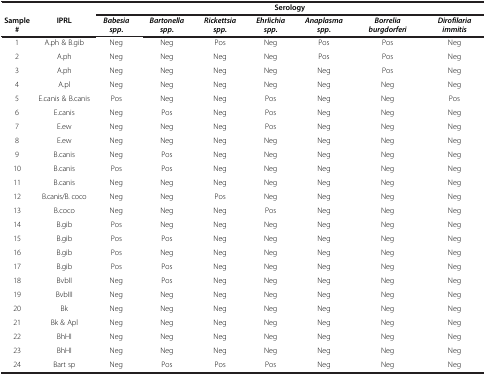
|  |  | <COLSPAN=7> Serology |
 | Sample# | IPRL | Babesia spp. | Bartonella spp. | Rickettsia spp. | Ehrlichia spp. | Anaplasma spp. | Borrelia burgdorferi | Dirofilaria immitis |
 | --- | --- | --- | --- | --- | --- | --- | --- | --- |
 | 1 | A.ph & B.gib | Neg | Neg | Pos | Neg | Pos | Pos | Neg |
 | 2 | A.ph | Neg | Neg | Neg | Neg | Pos | Pos | Neg |
 | 3 | A.ph | Neg | Neg | Neg | Neg | Neg | Pos | Neg |
 | 4 | A.pl | Neg | Neg | Neg | Neg | Neg | Neg | Neg |
 | 5 | E.canis & B.canis | Pos | Neg | Neg | Pos | Neg | Neg | Pos |
 | 6 | E.canis | Neg | Pos | Neg | Pos | Neg | Neg | Neg |
 | 7 | E.ew | Neg | Neg | Neg | Pos | Neg | Neg | Neg |
 | 8 | E.ew | Neg | Neg | Neg | Neg | Neg | Neg | Neg |
 | 9 | B.canis | Neg | Pos | Neg | Neg | Neg | Neg | Neg |
 | 10 | B.canis | Pos | Pos | Neg | Neg | Neg | Neg | Neg |
 | 11 | B.canis | Neg | Neg | Neg | Neg | Neg | Neg | Neg |
 | 12 | B.canis/B. coco | Neg | Neg | Pos | Neg | Neg | Neg | Neg |
 | 13 | B.coco | Neg | Neg | Neg | Pos | Neg | Neg | Neg |
 | 14 | B.gib | Pos | Neg | Neg | Neg | Neg | Neg | Neg |
 | 15 | B.gib | Pos | Pos | Neg | Neg | Neg | Neg | Neg |
 | 16 | B.gib | Pos | Neg | Neg | Neg | Neg | Neg | Neg |
 | 17 | B.gib | Pos | Pos | Neg | Neg | Neg | Neg | Neg |
 | 18 | BvbII | Neg | Pos | Neg | Neg | Neg | Neg | Neg |
 | 19 | BvbIII | Neg | Neg | Neg | Neg | Neg | Neg | Neg |
 | 20 | Bk | Neg | Neg | Neg | Neg | Neg | Neg | Neg |
 | 21 | Bk & Apl | Neg | Neg | Neg | Neg | Neg | Neg | Neg |
 | 22 | BhHI | Neg | Neg | Neg | Neg | Neg | Neg | Neg |
 | 23 | BhHI | Neg | Neg | Neg | Neg | Neg | Neg | Neg |
 | 24 | Bart sp | Neg | Pos | Pos | Pos | Neg | Neg | Neg |